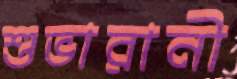
শুভারানী